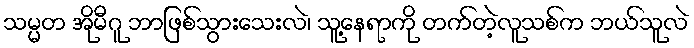
သမ္မတ အိုမီဂူ ဘာဖြစ်သွားသေးလဲ၊ သူ့နေရာကို တက်တဲ့လူသစ်က ဘယ်သူလဲ